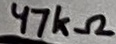
Text: 47kΩ